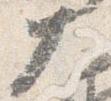
大